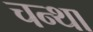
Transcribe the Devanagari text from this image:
चन्था